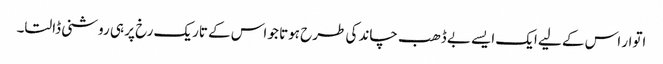
اتوار اس کے لیے ایک ایسے بے ڈھب چاند کی طرح ہوتا جو اس کے تاریک رخ پر ہی روشنی ڈالتا۔